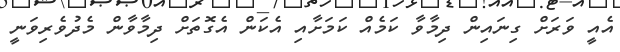
އެއީ ވަރަށް ގިނައިން ދިމާވާ ކަމެއް ކަމަށާއި އެކަން އެގޮތަށް ދިމާވާން މެދުވެރިވަނީ